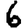
Digit: 6